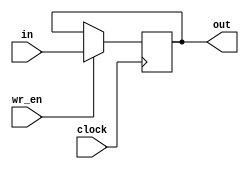
/* register.v  = = = = = = = = = = = = = = = = = = = = = = = = = = = = =*****
 **    various registers						 ****
 ***       Ver. 1.0  2014.05.09						  ***
 ****									   **
 ***** (C) 2014 kimsyn (ET & VLSI system design labo. GCT ICE)  = = = = = = */

`default_nettype none

//--------------------------------------------------------------------
// 8-bit positive edge trigger type

module reg8_pe(
    input wire           clock,
    input wire           wr_en,
    input wire     [7:0] in,
    output reg [7:0] out);

    always @(posedge clock) begin
	if(wr_en) begin
	    out <= in;
	end
    end
endmodule

//--------------------------------------------------------------------
// 8-bit negative edge trigger type

module reg8_ne(
    input wire           clock,
    input wire           wr_en,
    input wire     [7:0] in,
    output reg [7:0] out);

    always @(negedge clock) begin
    if(wr_en) begin
        out <= in;
    end
    end
endmodule

//--------------------------------------------------------------------
// 8-bit positive edge trigger type with async. reset

module reg8_per(
    input wire           clock,
    input wire           wr_en,
    input wire     [7:0] in,
    output reg [7:0] out,
    input wire           reset_N);

    always @(posedge clock or negedge reset_N) begin
	if(~reset_N) begin
	    out <= 8'h00;
	end else begin
	    if(wr_en) begin
		out <= in;
	    end
	end
    end
endmodule


//--------------------------------------------------------------------
// 8-bit negative edge trigger type with async. reset

module reg8_ner(
    input wire           clock,
    input wire           wr_en,
    input wire     [7:0] in,
    output reg [7:0] out,
    input wire           reset_N
);

    always @(negedge clock or negedge reset_N) begin
	if(~reset_N) begin
	    out <= 8'h00;
	end else begin
	    if(wr_en) begin
		out <= in;
	    end
	end
    end
endmodule


//--------------------------------------------------------------------
// 8-bit low level trigger type

module reg8_ll(
    input wire           clock,
    input wire           wr_en,
    input wire     [7:0] in,
    output reg [7:0] out);

   always @(clock, wr_en, in) begin
	if(~clock) begin
	    if(wr_en) begin
		out <= in;
	    end
	end
    end
endmodule


//--------------------------------------------------------------------
// 8-bit high level trigger type

module reg8_hl(
    input wire           clock,
    input wire           wr_en,
    input wire     [7:0] in,
    output reg [7:0] out);

    always @(clock, wr_en, in) begin
	if(clock) begin
	    if(wr_en) begin
		out <= in;
	    end
	end
    end
endmodule